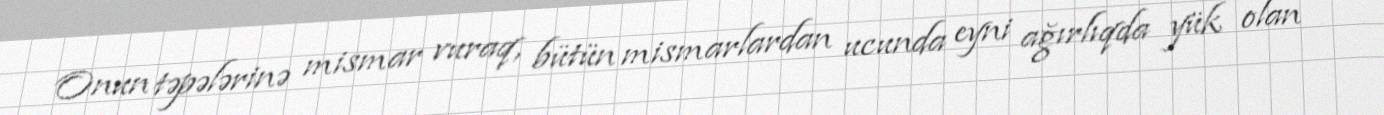
Onun təpələrinə mismar vuraq, bütün mismarlardan ucunda eyni ağırlıqda yük olan